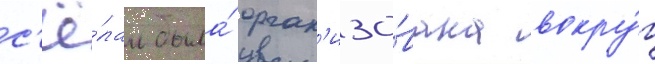
с'ё́лам была́ орган'изо́вана вокру́г